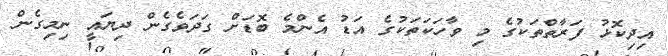
އިދިކޮޅު ފަރާތްތަކުގެ މި ވާހަކަތަކުގެ އަޑު އެންމެ ބޮޑަށް ގަދަވެގެން ދިޔައީ ނިމިގެން